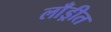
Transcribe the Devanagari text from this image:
लाँड्रीत